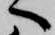
へ